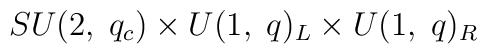
SU(2, \; q_{c}) \times U(1, \; q)_{L} \times U(1, \; q)_{R}